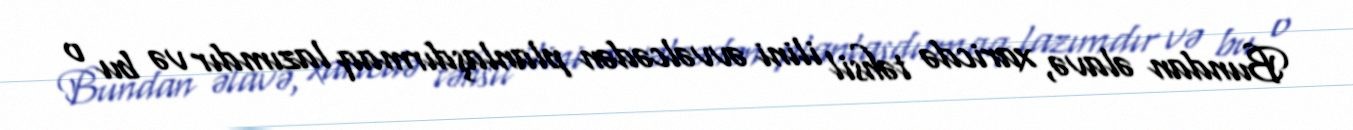
Bundan əlavə, xaricdə təhsil ilini əvvəlcədən planlaşdırmaq lazımdır və bu o